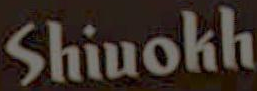
Shiuokh